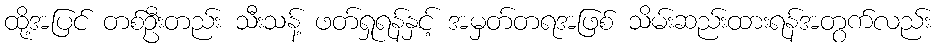
ထို့အပြင် တစ်ဦးတည်း သီးသန့် ဖတ်ရှုရန်နှင့် အမှတ်တရအဖြစ် သိမ်းဆည်းထားရန်အတွက်လည်း